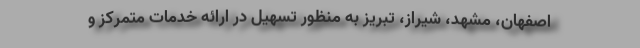
اصفهان، مشهد، شیراز، تبریز به منظور تسهیل در ارائه خدمات متمرکز و